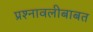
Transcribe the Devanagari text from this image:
प्रश्नावलीबाबत